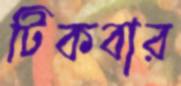
টিকবার